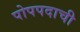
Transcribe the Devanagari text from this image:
पोपपदाची